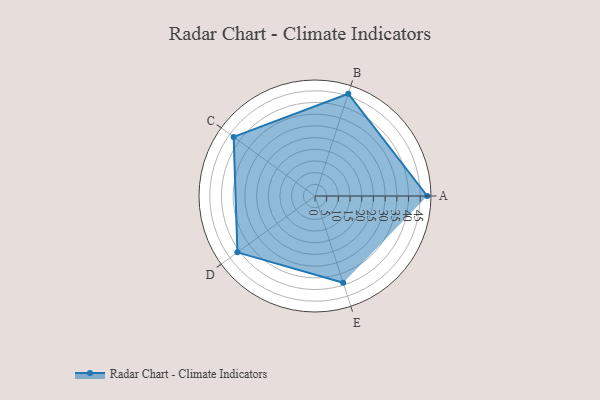
{"axis": {"x": "Skill", "y": "Score"}, "legend": ["Profile"], "data": [{"x": "A", "y": 48.0, "type": "Profile"}, {"x": "B", "y": 46.0, "type": "Profile"}, {"x": "C", "y": 43.0, "type": "Profile"}, {"x": "D", "y": 41.0, "type": "Profile"}, {"x": "E", "y": 39.0, "type": "Profile"}]}